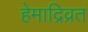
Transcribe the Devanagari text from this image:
हेमाद्रिव्रत